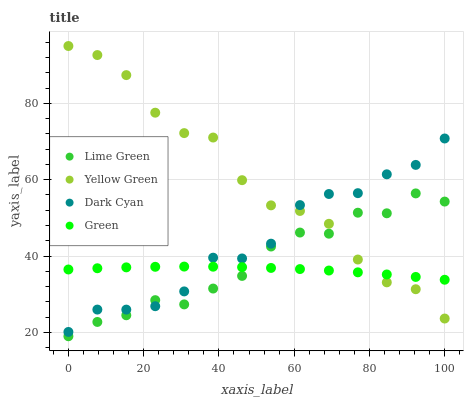
| xaxis_label | Lime Green | Yellow Green | Dark Cyan | Green |
 | --- | --- | --- | --- | --- |
 | 0 | 19 | 95 | 20.1 | 36.5 |
 | 7.69 | 22.7 | 92.6 | 26 | 36.8 |
 | 15.4 | 24.5 | 87.4 | 26 | 37 |
 | 23.1 | 28.5 | 77.5 | 26.9 | 37.2 |
 | 30.8 | 27.3 | 72.2 | 30.7 | 37.2 |
 | 38.5 | 31.5 | 71 | 39.6 | 37.2 |
 | 46.2 | 34.8 | 59.9 | 39.4 | 37.1 |
 | 53.8 | 42.5 | 53.3 | 43.2 | 36.9 |
 | 61.5 | 46.2 | 51.8 | 53.3 | 36.6 |
 | 69.2 | 45.9 | 48.4 | 56.2 | 36.2 |
 | 76.9 | 51.4 | 39.1 | 56.5 | 35.7 |
 | 84.6 | 51.2 | 33.1 | 61.4 | 35.2 |
 | 92.3 | 56.4 | 31.3 | 63.9 | 34.5 |
 | 100 | 54.3 | 23.6 | 70.8 | 33.8 |